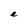
Character: e